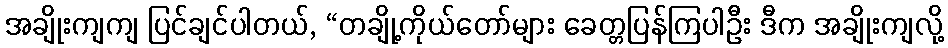
အချိုးကျကျ ပြင်ချင်ပါတယ်, “တချို့ကိုယ်တော်များ ခေတ္တပြန်ကြပါဦး ဒီက အချိုးကျလို့